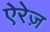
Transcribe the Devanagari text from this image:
ऐरेज़